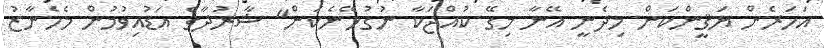
އަހަރެން ޔަޤީންކަން މިދެނީ އޭނާ މިގޭ ކުއްޖަކާ ނުގުޅޭނެކަން" ޝާރުދާގެ އަޑުއިވުމުން މެހެނާޒު